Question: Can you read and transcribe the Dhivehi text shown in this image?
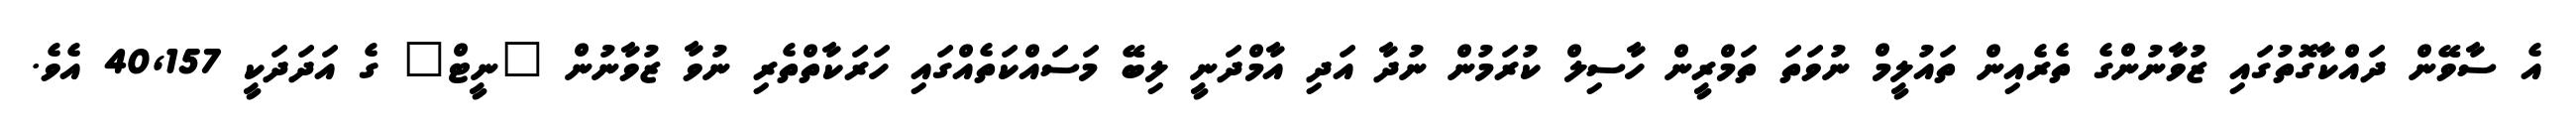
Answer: އެ ސާވޭން ދައްކާގޮތުގައި ޒުވާނުންގެ ތެރެއިން ތައުލީމް ނުވަތަ ތަމްރީން ހާސިލް ކުރަމުން ނުދާ އަދި އާމްދަނީ ލިބޭ މަސައްކަތެއްގައި ހަރަކާތްތެރި ނުވާ ޒުވާނުން "ނީޓް" ގެ އަދަދަކީ 40,157 އެވެ.